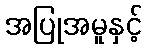
အပြုအမူနှင့်